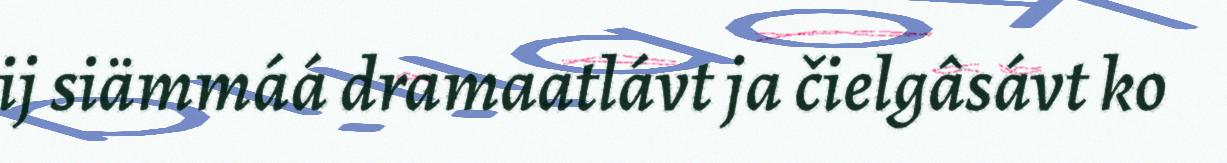
ij siämmáá dramaatlávt ja čielgâsávt ko